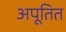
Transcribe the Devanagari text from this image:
अपूतित